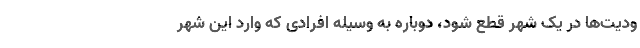
ودیت‌ها در یک شهر قطع شود، دوباره به وسیله افرادی که وارد این شهر